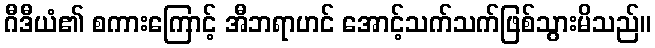
ဂီဒီယံ၏ စကားကြောင့် အီဘရာဟင် အောင့်သက်သက်ဖြစ်သွားမိသည်။